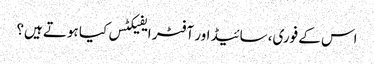
اس کے فوری، سائیڈ اور آفٹر ایفیکٹس کیا ہوتے ہیں؟